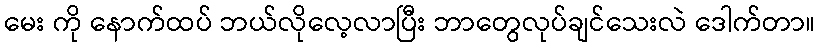
မေး ကို နောက်ထပ် ဘယ်လိုလေ့လာပြီး ဘာတွေလုပ်ချင်သေးလဲ ဒေါက်တာ။